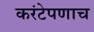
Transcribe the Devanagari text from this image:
करंटेपणाच